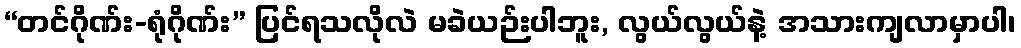
“တင်ဂိုဏ်း-ရုံဂိုဏ်း” ပြင်ရသလိုလဲ မခဲယဉ်းပါဘူး, လွယ်လွယ်နဲ့ အသားကျလာမှာပါ၊